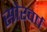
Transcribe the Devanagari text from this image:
सोरवर्ष